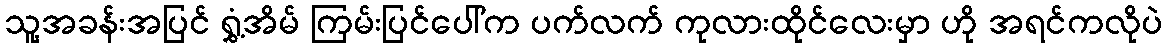
သူ့အခန်းအပြင် ရွှံ့အိမ် ကြမ်းပြင်ပေါ်က ပက်လက် ကုလားထိုင်လေးမှာ ဟို အရင်ကလိုပဲ